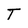
Character: T